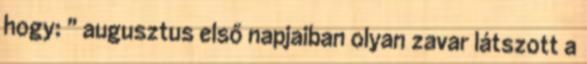
hogy: " augusztus első napjaiban olyan zavar látszott a